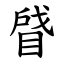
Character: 䁉